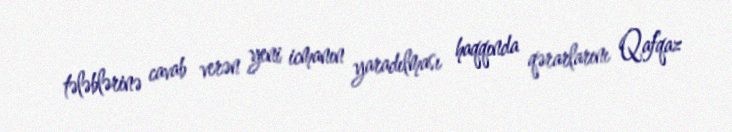
tələblərinə cavab verən yeni icmanın yaradılması haqqında qərarlarını Qafqaz